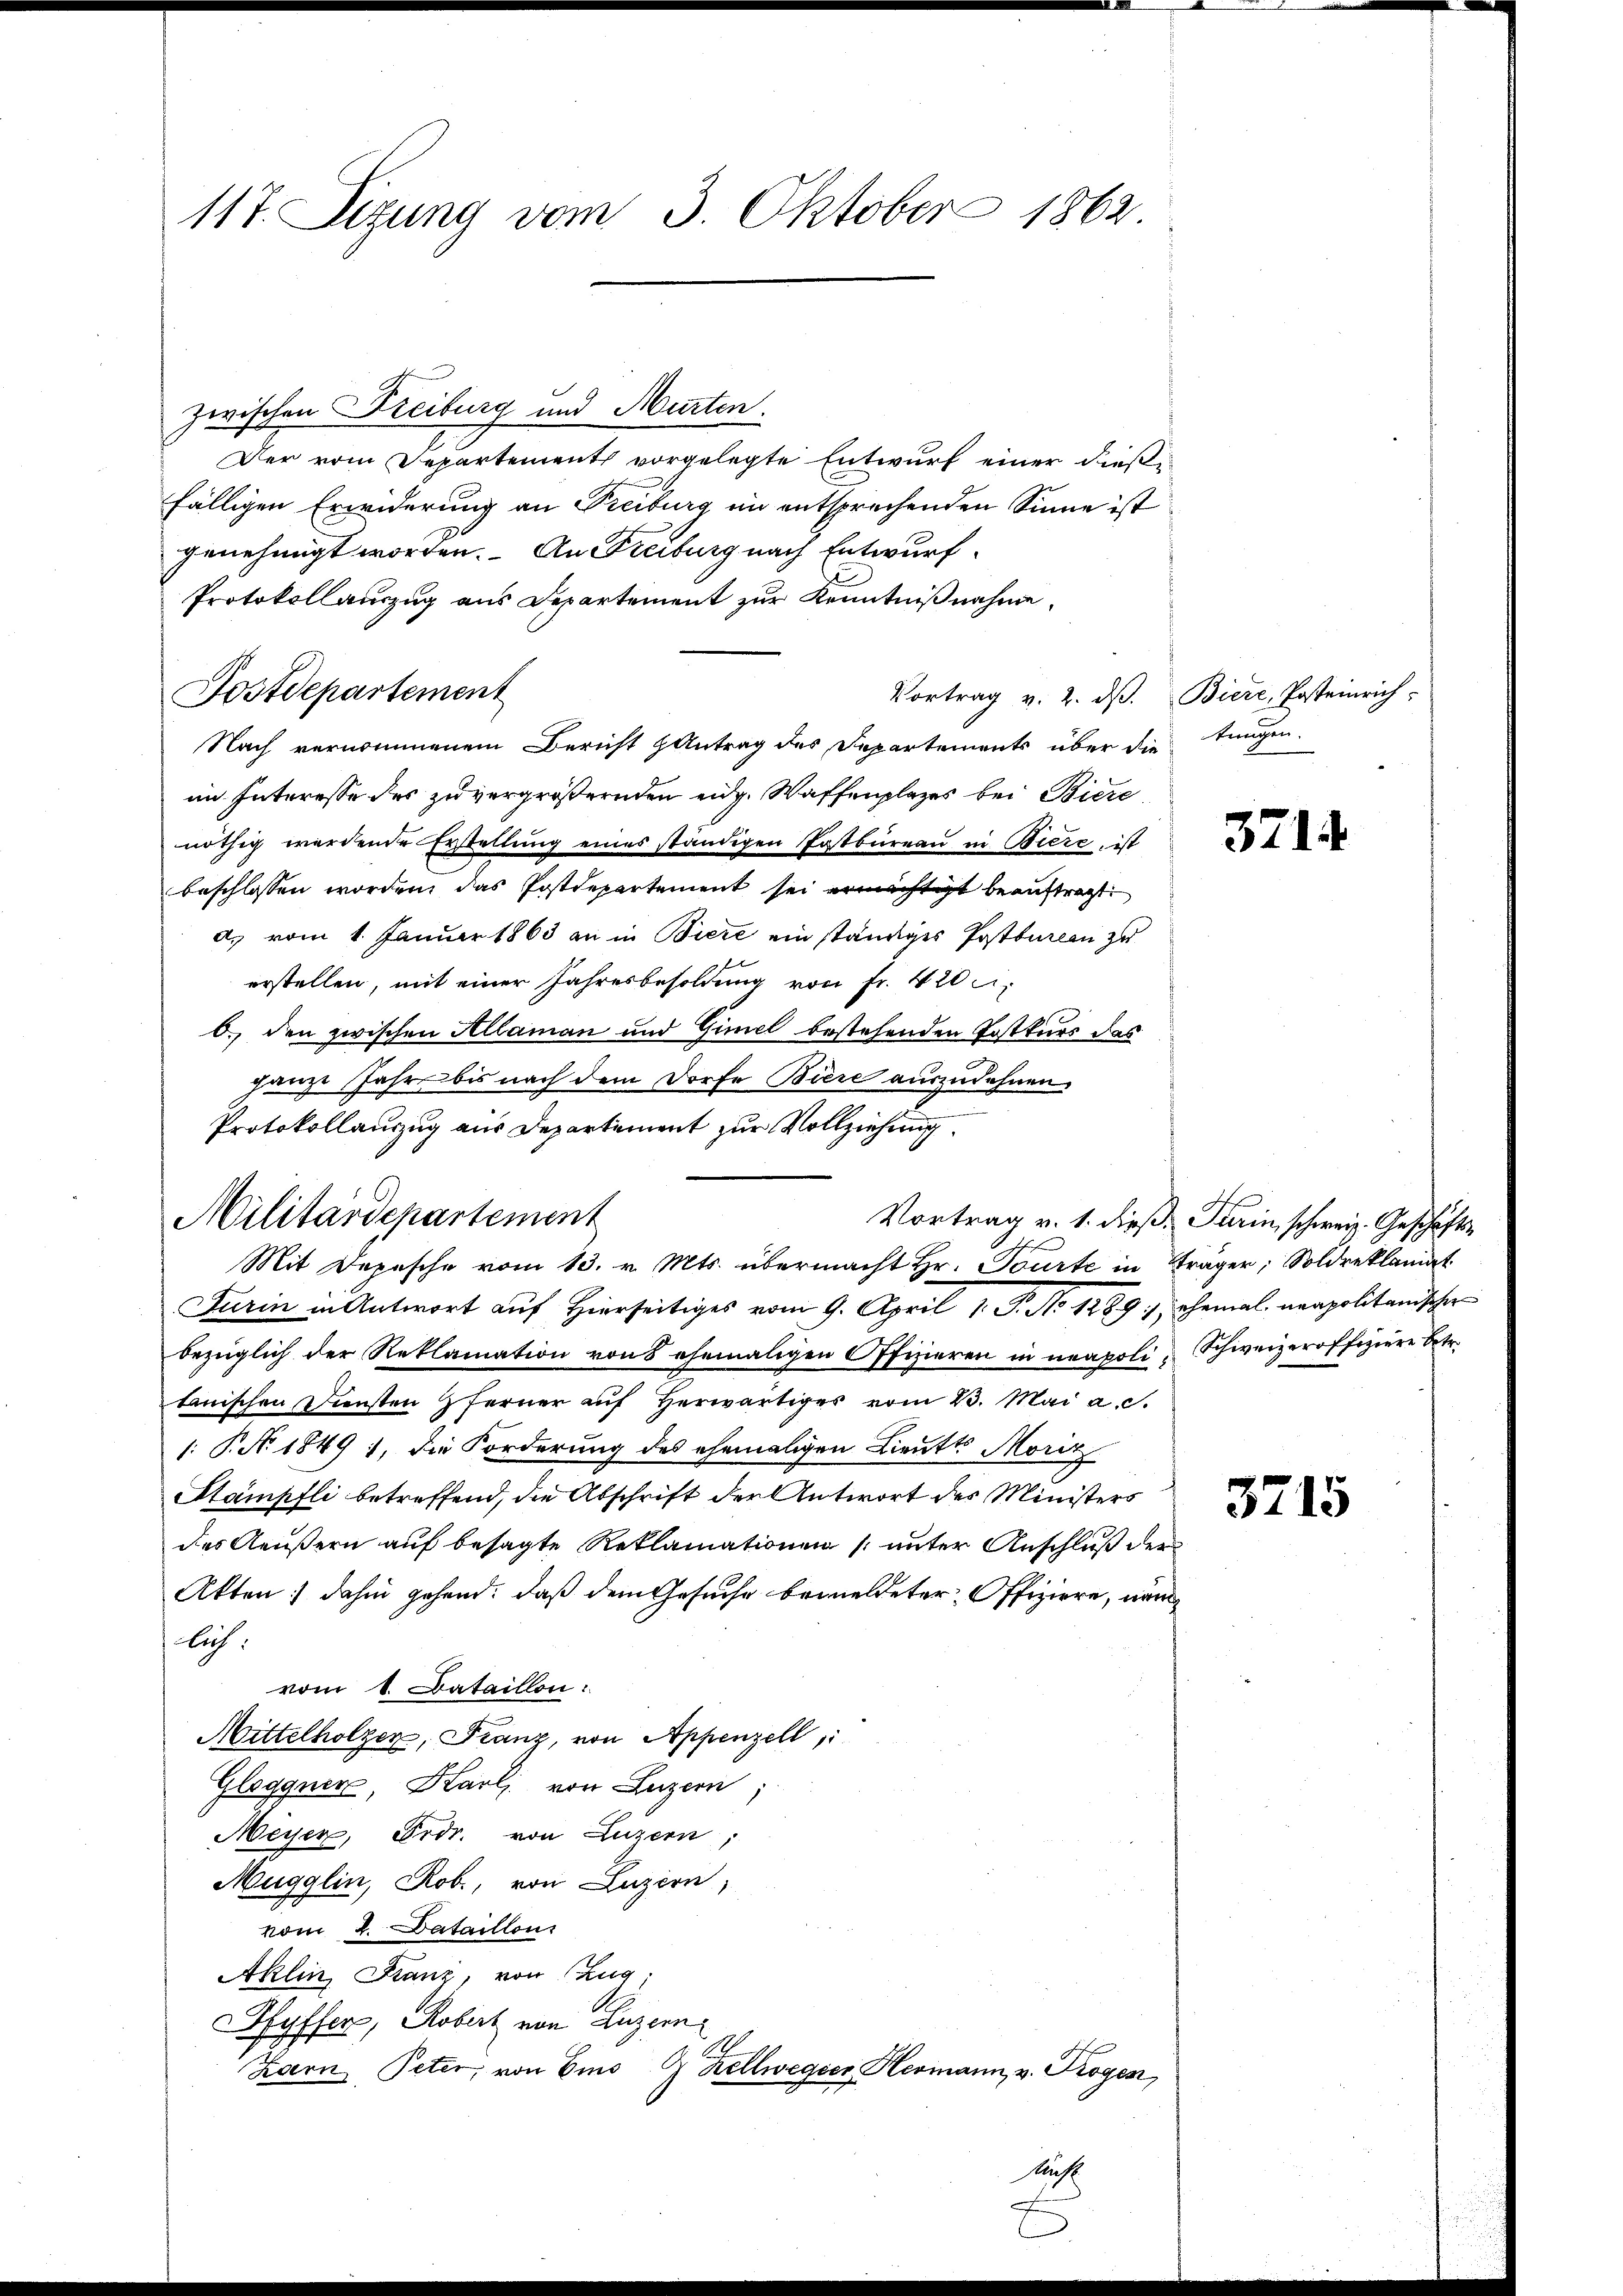
117. Sizung vom 3. Oktober 1862.

Postdepartement

zwischen Freiburg und Murten.
Der vom Departement vorgelegte Entwurf einer diese
fälligen Erwiderung an Freiburg in entsprechenden Sinne ist
genehmigt worden. An Freiburg nach Entwurf
Protokollauszug aus Departement zur Kenntnißnahme.
Vortrag v. 2. dß. Biere, Posteinrich
Nach vernommenem Bericht Antrag des Departements über die trugen
im Interesse des zu vergrößernden eidg. Waffenplazes bei Biere
nöthig werdende Erstellung eines ständigen Postbüreaŭ in Biere, ist
beschlossen worden das Postdepartement sei ermächtigt beauftragt.
d. vom 1. Januar 1863 an in Biere ein ständiges Postbureen zu
erstellen, mit einer Jahresbesoldung von fr. 420 f.
b. den zwischen Allaman und Gimel bestehenden Postkurs das
ganze Jahre bis nach dem Dorfe Biere auszudehnen.
Protokollauszug aus Departement zur Vollziehung.
Vortrag v. 1. dieß, Turin schweiz. Geschäfts¬
Mit Depesche vom 13. v. Mts. übermacht Hr. Tourte in Träger, Soldreklamat
Turin in Antwort auf Hierseitiges vom 9. April 1. P. No 1289), ehemal neapolitanischer
bezüglich der Reklamation von 8 ehemaligen Offizieren in neapoli, Schweizeroffiziere betr.
tanischen Diensten ferner auf herwärtiges vom 23. Mai a. c.
: P. N. 1849 1, die Forderung des ehemaligen Lieutts Moriz
Stampfli betreffend, die Abschrift der Antwort des Ministers
des Aeußern auf besagte Reklamationen (unter Anschluß der
Akten; dahin gehend, daß dem Gesuche bemeldeter Offiziere, nämlich.
vom 1. Bataillon
Mittelholzer, Franz, von Appenzell,
Glogguer, Karl von Luzern
Meyer, Frdr. von Luzern,
Mugglin, Rob., von Luzern,
nom 2. Dataillons
Aklin, Franz, von Zug,
Hyffer, Robert von Luzern
Zarn, Peter, von Emo G Hellweger Hermann, v. Trogen,

Militärdepartement

Muh

3714

3715